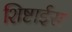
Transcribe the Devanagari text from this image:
शिष्टाईस